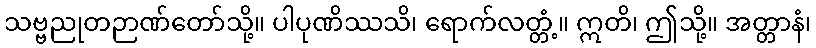
သဗ္ဗညုတဉာဏ်တော်သို့။ ပါပုဏိဿသိ၊ ရောက်လတ္တံ့။ ဣတိ၊ ဤသို့။ အတ္တာနံ၊